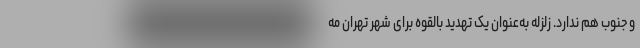
و جنوب هم ندارد. زلزله به‌عنوان یک تهدید بالقوه برای شهر تهران مه